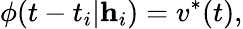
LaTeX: \phi(t-t_{i}|\mathbf{h}_{i})=v^{*}(t),